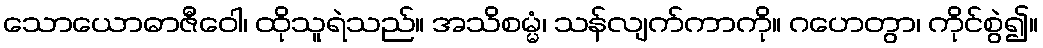
သောယောဓာဇီဝေါ၊ ထိုသူရဲသည်။ အသိစမ္မံ၊ သန်လျက်ကာကို။ ဂဟေတွာ၊ ကိုင်စွဲ၍။